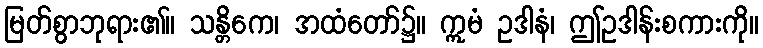
မြတ်စွာဘုရား၏။ သန္တိကေ၊ အထံတော်၌။ ဣမံ ဥဒါနံ၊ ဤဥဒါန်းစကားကို။